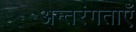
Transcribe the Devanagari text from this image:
अन्तरंगताएँ